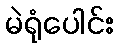
မဲရုံပေါင်း